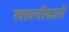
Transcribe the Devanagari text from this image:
लावनीकारों